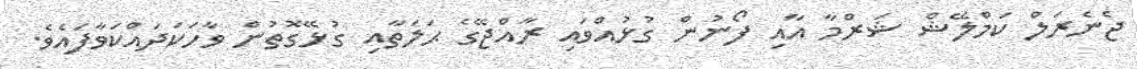
ޖެނެރަލް ކަމްލޭޝް ޝަރްމާ އާއި ފޯނުން ގުޅުއްވައި ރާއްޖޭގެ ޙަލަތާއި ގުޅޭގޮތުން ވާހަކަދައްކަވާފައެވެ.